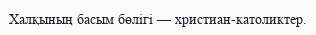
Халқының басым бөлігі — христиан-католиктер.